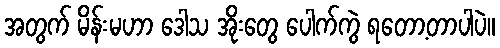
အတွက် မိန်းမဟာ ဒေါသ အိုးတွေ ပေါက်ကွဲ ရတော့တာပါပဲ။